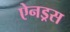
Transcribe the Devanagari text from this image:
ऐनड्रस